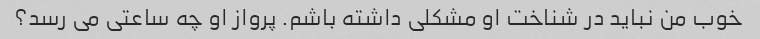
خوب من نباید در شناخت او مشکلی داشته باشم. پرواز او چه ساعتی می رسد؟